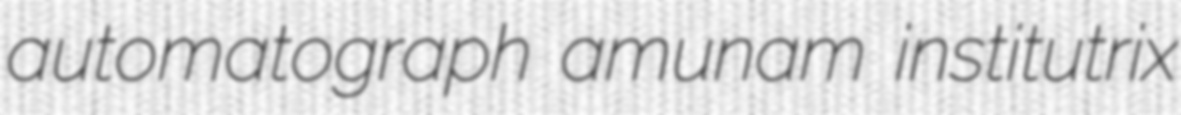
automatograph amunam institutrix